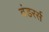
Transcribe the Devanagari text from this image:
वंडरर्स